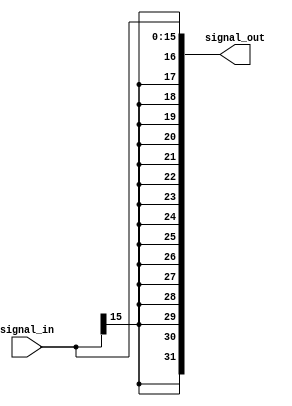
// +----------------------------------------------------------------------------
// GNU General Public License
// -----------------------------------------------------------------------------
// This file is part of uDLX (micro-DeLuX) soft IP-core.
//
// uDLX is free soft IP-core: you can redistribute it and/or modify
// it under the terms of the GNU General Public License as published by
// the Free Software Foundation, either version 3 of the License, or
// (at your option) any later version.
//
// uDLX soft core is distributed in the hope that it will be useful,
// but WITHOUT ANY WARRANTY; without even the implied warranty of
// MERCHANTABILITY or FITNESS FOR A PARTICULAR PURPOSE. See the
// GNU General Public License for more details.
//
// You should have received a copy of the GNU General Public License
// along with uDLX. If not, see <http://www.gnu.org/licenses/>.
// +----------------------------------------------------------------------------
// PROJECT: uDLX core Processor
// ------------------------------------------------------------------------------
// -----------------------------------------------------------------------------
// KEYWORDS    : dlx, decoder, signal extend, immediate
// -----------------------------------------------------------------------------
// PURPOSE     : Extends a 16-bit halfword into a 32-bit word
// -----------------------------------------------------------------------------
module signal_extend
#(
   parameter OUT_DATA_WIDTH = 32,
   parameter IN_DATA_WIDTH = 16
)(
   input [IN_DATA_WIDTH-1:0] signal_in,
   output [OUT_DATA_WIDTH-1:0] signal_out
);

// Verificar se vai extender o sinal apenas de uma forma
assign signal_out = {{(OUT_DATA_WIDTH-IN_DATA_WIDTH){signal_in[IN_DATA_WIDTH-1]}},signal_in};

endmodule